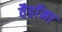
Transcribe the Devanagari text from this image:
वैडाॅमा